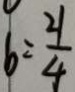
b = \frac { 2 1 } { 4 }